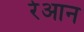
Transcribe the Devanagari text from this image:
रेआन